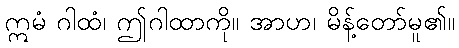
ဣမံ ဂါထံ၊ ဤဂါထာကို။ အာဟ၊ မိန့်တော်မူ၏။